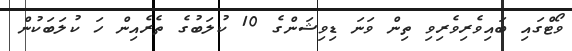
ވޯޓްގައި ބައިވެރިވެރިވި ތިން ވަނަ ޑިވިޝަންގެ 10 ކުލަބުގެ ތެރެއިން ހަ ކުލަބަކުން